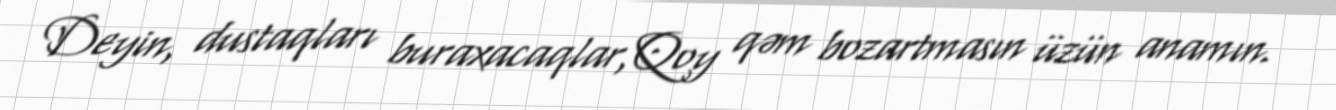
Deyin, dustaqları buraxacaqlar,Qoy qəm bozartmasın üzün anamın.